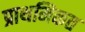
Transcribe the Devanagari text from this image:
प्राथमिकत